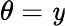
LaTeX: \theta=\mathit{y}